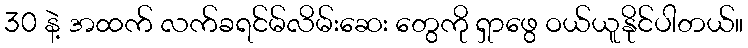
30 နဲ့ အထက် လက်ခရင်မ်လိမ်းဆေး တွေကို ရှာဖွေ ဝယ်ယူနိုင်ပါတယ်။